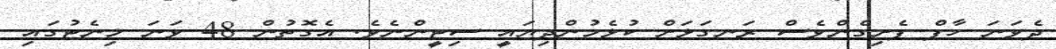
ދެވަނަ ހާފް ފެށިގެންވެސް ރަނގަޅަށް ކުޅެމުންދިޔައީ ސިޓީންނެވެ. އެގޮތުން 48 ވަނަ މިނެޓުގައި